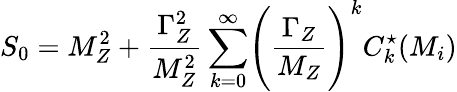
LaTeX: S_{0}=M_{Z}^{2}+\frac{\Gamma_{Z}^{2}}{M_{Z}^{2}}\sum_{k=0}^{\infty}\Biggl(\frac{\Gamma_{Z}}{M_{Z}}\Biggr)^{k}C_{k}^{\star}(M_{i})